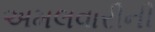
અમલવારીની